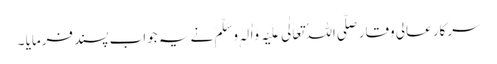
سرکارِ عالی وقار صَلَّی اللہُ تَعَالٰی عَلَیْہِ وَاٰلِہٖ وَسَلَّمَ نے یہ جواب پسند فرمایا ۔